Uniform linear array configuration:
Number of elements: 64
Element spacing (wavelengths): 0.5
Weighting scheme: exponential
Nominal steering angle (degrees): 45
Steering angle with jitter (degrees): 43.505
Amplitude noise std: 0.05
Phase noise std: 0.05

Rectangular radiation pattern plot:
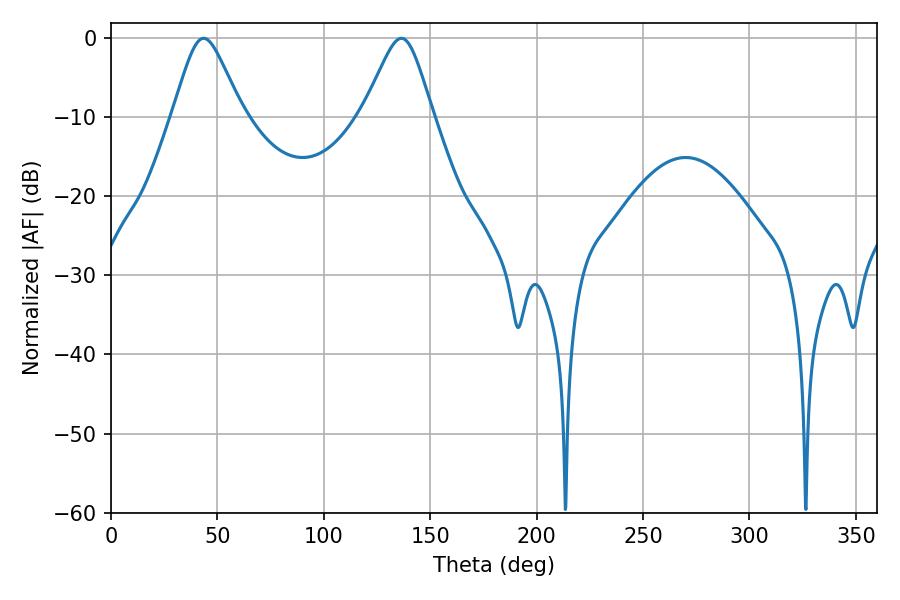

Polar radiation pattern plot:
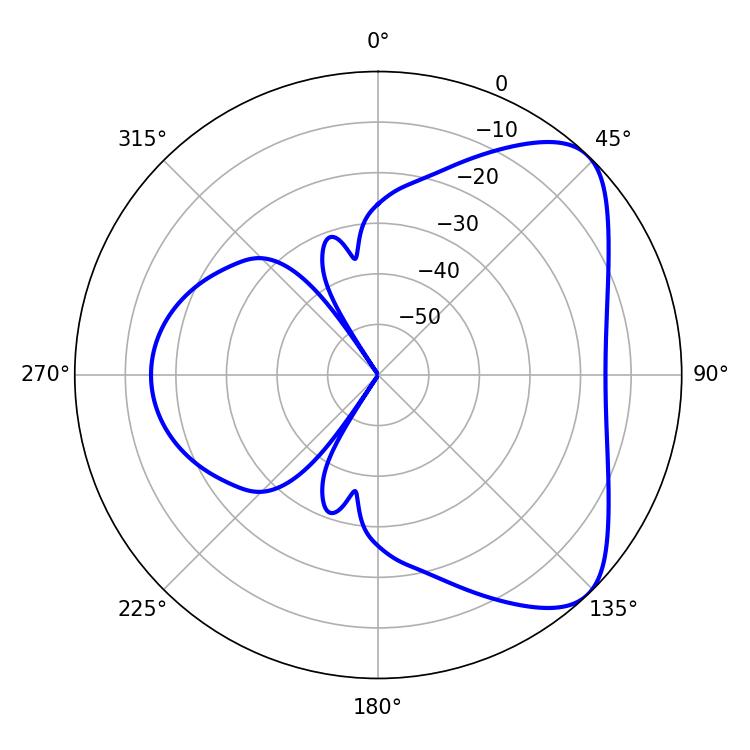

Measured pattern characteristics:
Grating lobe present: FALSE
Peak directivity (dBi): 6.31
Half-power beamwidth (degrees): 15.84
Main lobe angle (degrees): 43.56